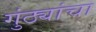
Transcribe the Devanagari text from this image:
गुंठ्यांचा